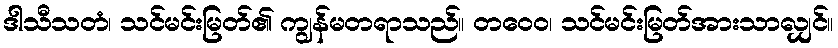
ဒါသီသတံ၊ သင်မင်းမြတ်၏ ကျွန်မတရာသည်။ တဝေဝ၊ သင်မင်းမြတ်အားသာလျှင်။